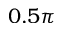
0 . 5 \pi